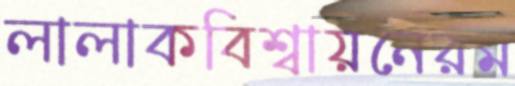
লালাকবিশ্বায়নেরম